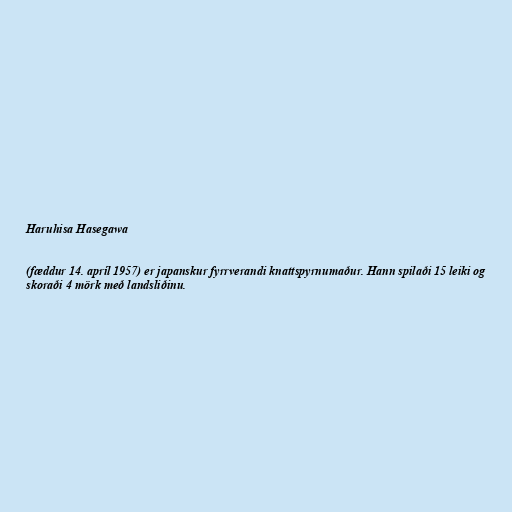
Haruhisa Hasegawa

(fæddur 14. apríl 1957) er japanskur fyrrverandi knattspyrnumaður. Hann spilaði 15 leiki og
skoraði 4 mörk með landsliðinu.